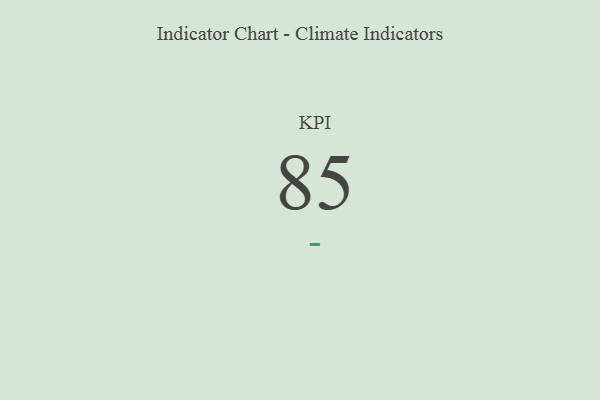
{"axis": {"x": "KPI", "y": "Value"}, "legend": [""], "data": [{"x": "KPI", "y": 85, "type": ""}]}